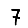
Digit: 7